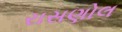
રાસણોલ